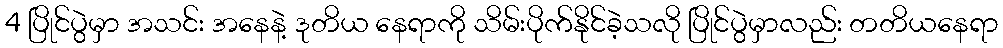
4 ပြိုင်ပွဲမှာ အသင်း အနေနဲ့ ဒုတိယ နေရာကို သိမ်းပိုက်နိုင်ခဲ့သလို ပြိုင်ပွဲမှာလည်း တတိယနေရာ